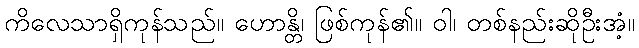
ကိလေသာရှိကုန်သည်။ ဟောန္တိ၊ ဖြစ်ကုန်၏။ ဝါ၊ တစ်နည်းဆိုဦးအံ့။